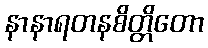
နာနာရတနစိတ္တိတော